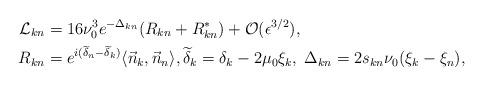
LaTeX: \begin{align*}\mathcal{L}_{kn}&= 16\nu _0^3 e^{-\Delta_{kn}} (R_{kn}+R_{kn}^*)+\mathcal{O}(\epsilon ^{3/2}),\\R_{kn}&= e^{i(\widetilde{\delta} _n- \widetilde{\delta} _k)} \langle\vec{n}_k, \vec{n}_n\rangle, \widetilde{\delta}_k=\delta _k - 2\mu _0\xi_k, \; \Delta _{kn} =2s_{kn}\nu _0(\xi_k- \xi_n),\end{align*}